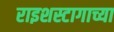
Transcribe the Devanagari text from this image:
राइशस्टागाच्या